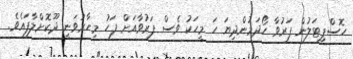
ހޮސްޕިޓަލުން ފަރުވާ ހޯދަމުންދިޔަ ހަ މީހަކު ވެސް ފަރުވާއަށް ފަހު މިހާރުވަނީ ދޫކޮށްލާފައެވެ.